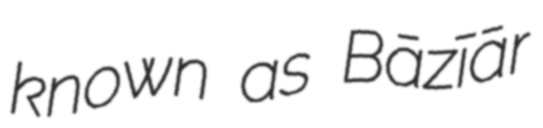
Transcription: known as Bāzīār